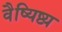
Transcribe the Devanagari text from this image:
वैष्यिष्ट्य